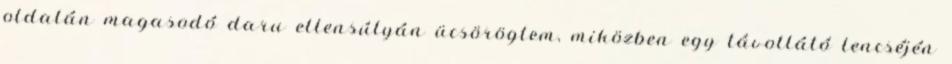
oldalán magasodó daru ellensúlyán ücsörögtem, miközben egy távollátó lencséjén